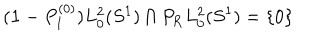
( { \bf 1 } - P _ { I } ^ { ( 0 ) } ) L _ { 0 } ^ { 2 } ( S ^ { 1 } ) \cap P _ { \mathrm { R } } L _ { 0 } ^ { 2 } ( S ^ { 1 } ) = \{ 0 \}